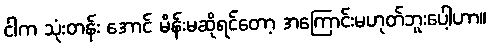
ငါက သုံးတန်း အောင် မိန်းမဆိုရင်တော့ အကြောင်းမဟုတ်ဘူးပေါ့ဟာ။